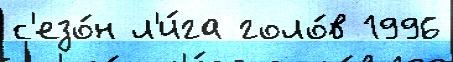
с'езо́н л'и́га голо́в 1996